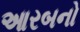
આરબનો